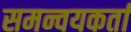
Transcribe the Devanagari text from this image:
समन्वयकर्ता